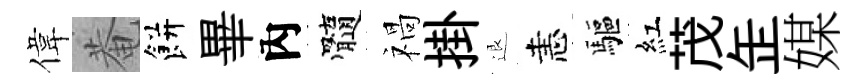
偉菴餅畢內髓禍掛退恚驅紅茂𦈢媒